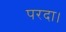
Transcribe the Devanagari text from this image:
परदा।